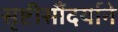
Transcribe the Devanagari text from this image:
सृष्टीसौंदर्याने